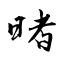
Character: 暏